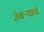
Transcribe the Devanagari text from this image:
उंबऱ्याचं